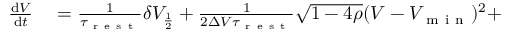
\begin{array} { r l } { \frac { \mathrm { d } V } { \mathrm { d } t } } & { { } = \frac { 1 } { \tau _ { \mathrm { ~ r ~ e ~ s ~ t ~ } } } \delta V _ { \frac { 1 } { 2 } } + \frac { 1 } { 2 \Delta V \tau _ { \mathrm { ~ r ~ e ~ s ~ t ~ } } } \sqrt { 1 - 4 \rho } ( V - V _ { \mathrm { ~ m ~ i ~ n ~ } } ) ^ { 2 } + } \end{array}